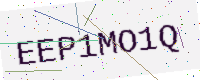
Text: EEP1MO1Q